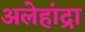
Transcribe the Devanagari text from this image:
अलेहांद्रा